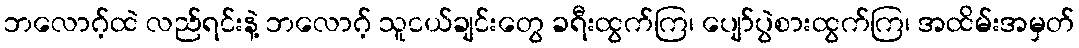
ဘလောဂ့်ထဲ လည်ရင်းနဲ့ ဘလောဂ့် သူငယ်ချင်းတွေ ခရီးထွက်ကြ၊ ပျော်ပွဲစားထွက်ကြ၊ အထိမ်းအမှတ်